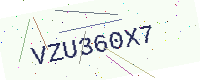
Text: VZU360X7